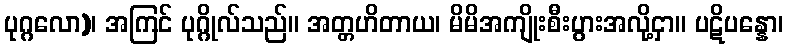
ပုဂ္ဂလော)၊ အကြင် ပုဂ္ဂိုလ်သည်။ အတ္တဟိတာယ၊ မိမိအကျိုးစီးပွားအလို့ငှာ။ ပဋိပန္နော၊